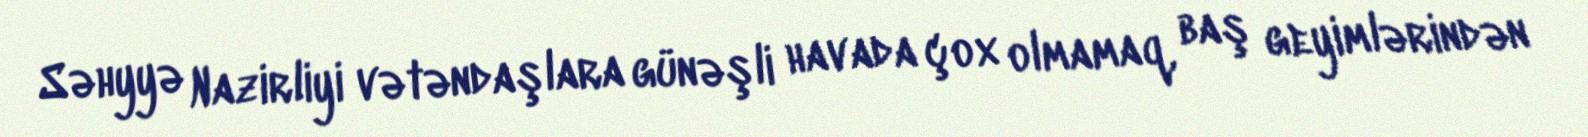
Səhyyə Nazirliyi vətəndaşlara günəşli havada çox olmamaq, baş geyimlərindən